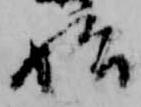
始